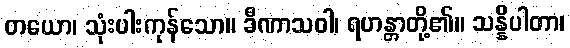
တယော၊ သုံးပါးကုန်သော။ ခီဏာသဝါ၊ ရဟန္တာတို့၏။ သန္နိပါတာ၊